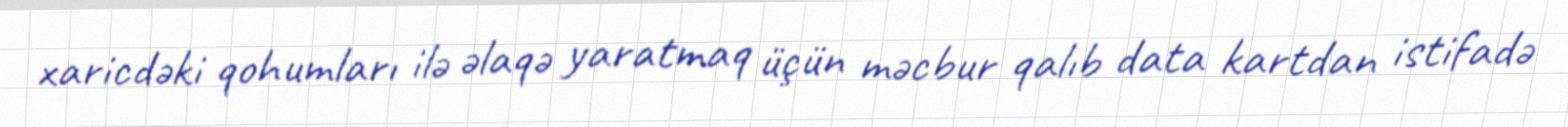
xaricdəki qohumları ilə əlaqə yaratmaq üçün məcbur qalıb data kartdan istifadə